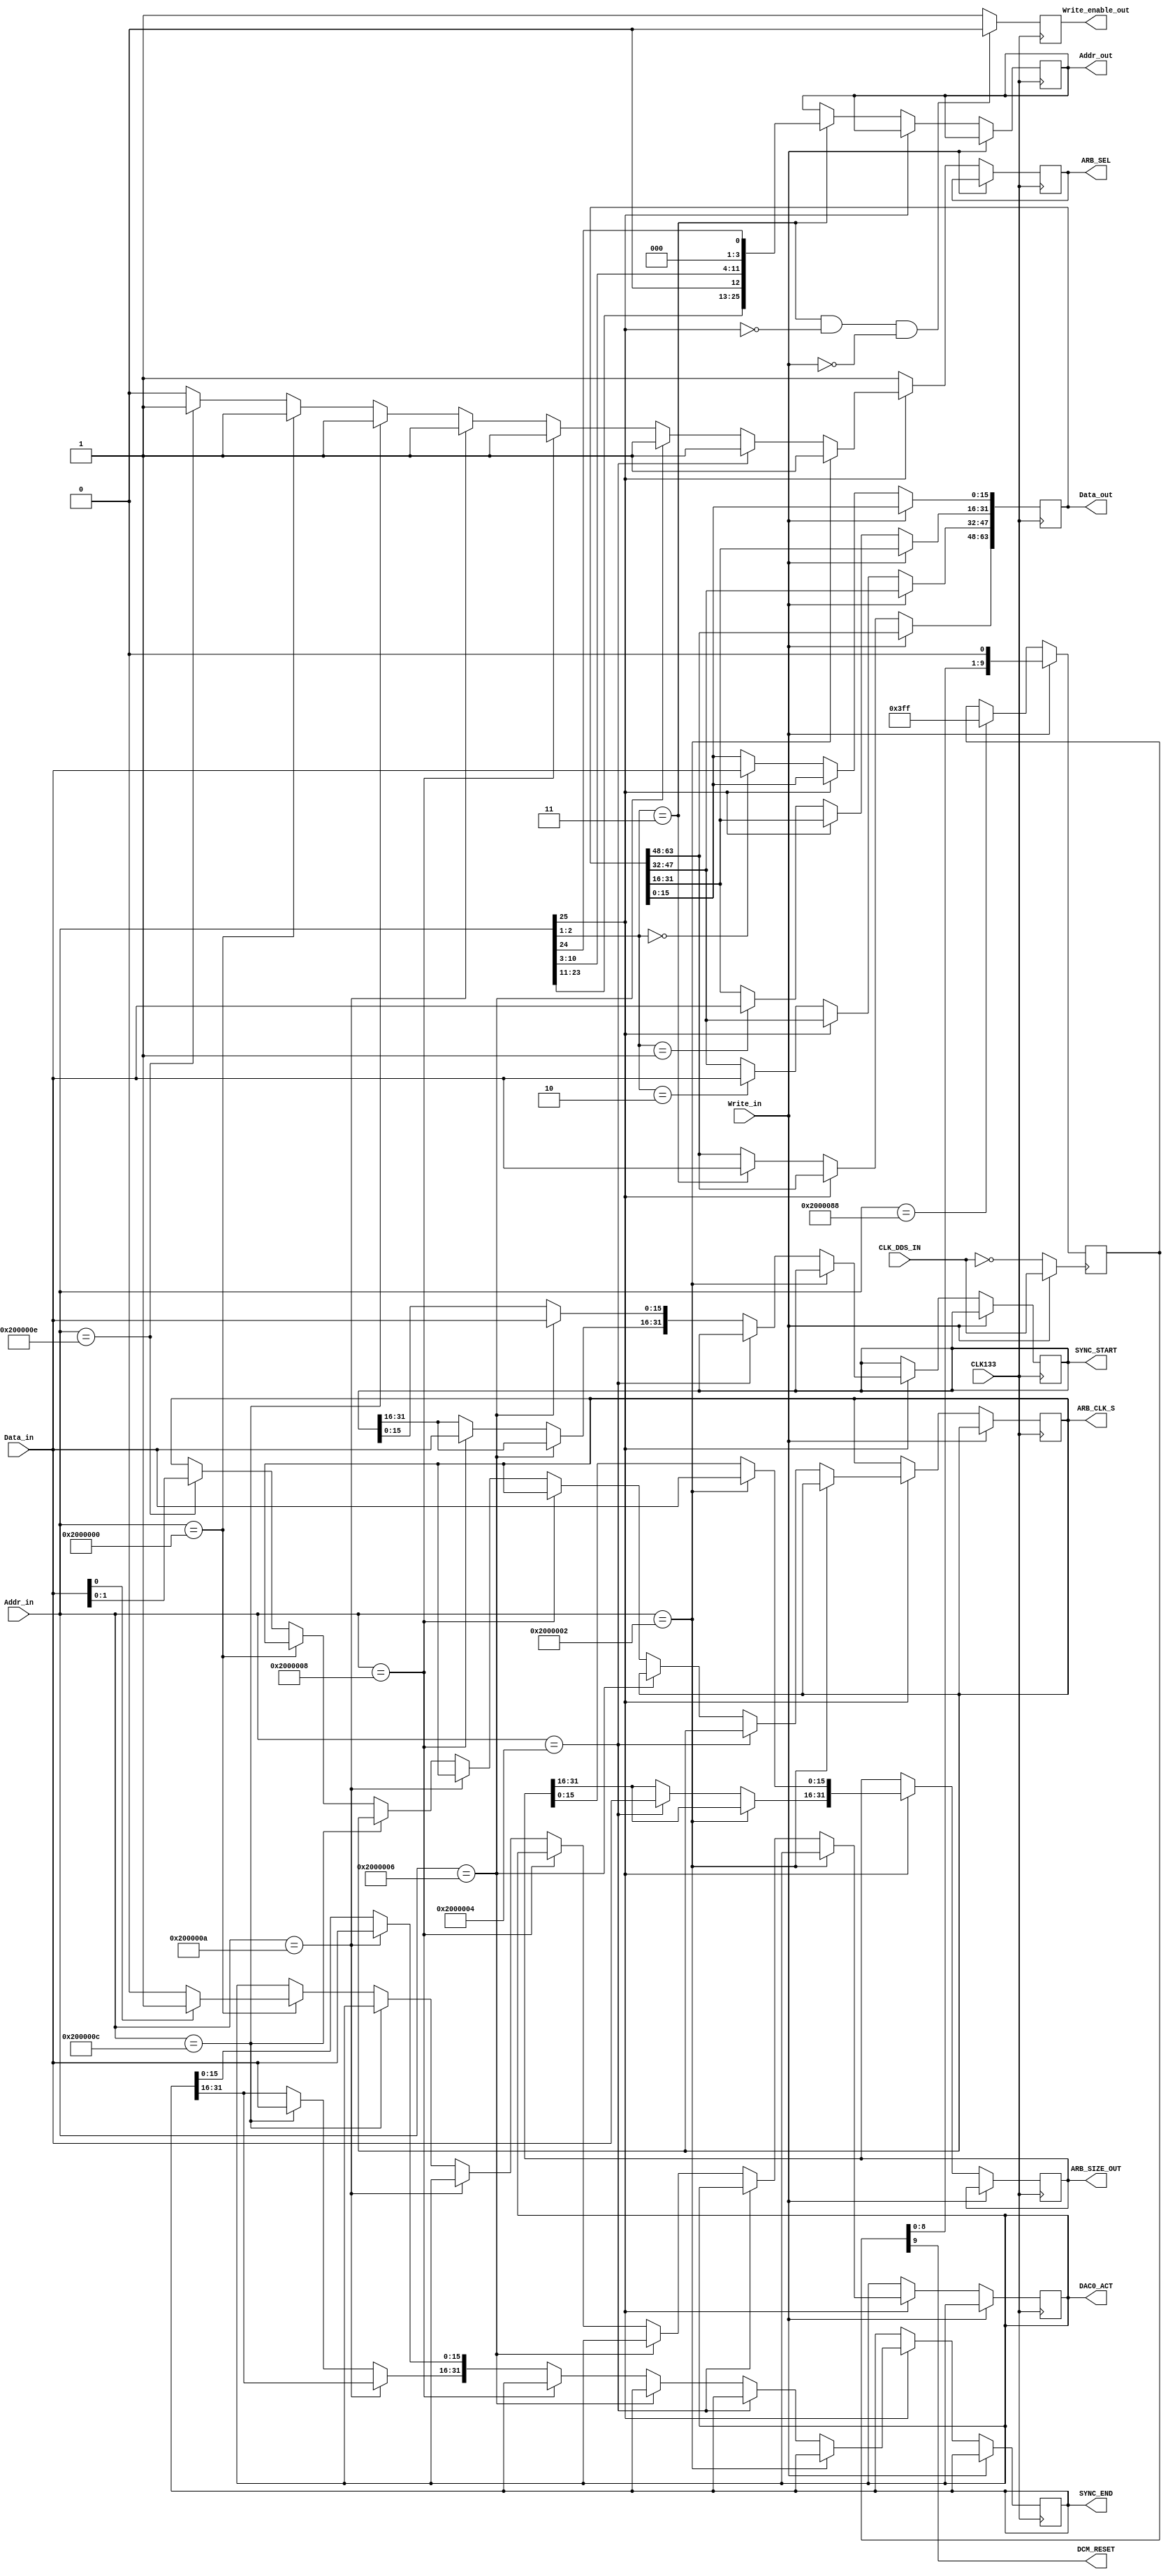
`timescale 1ns / 1ps
//////////////////////////////////////////////////////////////////////////////////
// Company: 
// Engineer: 
// 
// Design Name: 
// Module Name:    BUFF 
// Project Name: 
// Target Devices: 
// Tool versions: 
// Description: 
//
// Dependencies: 
//
// Revision: 
// Revision 0.01 - File Created
// Additional Comments: 
//
//////////////////////////////////////////////////////////////////////////////////
module BUFF(CLK_DDS_IN,CLK133,Addr_in, Data_in, Write_in,Addr_out, Data_out, Write_enable_out,DAC0_ACT,ARB_SIZE_OUT,SYNC_START,SYNC_END,DCM_RESET,ARB_CLK_S,ARB_SEL);
    input CLK133;//clk_int
	 input [25:0] Addr_in;
    input [15:0] Data_in;
	 input Write_in;
	 input CLK_DDS_IN;
    output [25:0] Addr_out;
    output [63:0] Data_out;
    output Write_enable_out;
	 output DAC0_ACT;
	 output [31:0]ARB_SIZE_OUT;
	 output [31:0]SYNC_START;
	 output [31:0]SYNC_END;
	 output DCM_RESET;
	 output [1:0]ARB_CLK_S;
	 output ARB_SEL;
	// output DDS_WE;
	 wire [25:0] Addr4DDR;
	 
	reg [15:0]Buf[2:0];//four bufs (16bit),store the data
	reg [63:0] Data_out;
	reg [25:0]Addr_out;
	reg DAC0_ACT;
	reg [31:0]ARB_SIZE_OUT;//size of arb,unit=16bit,only 22bit meanfull
	reg [31:0]SYNC_START;
	reg [31:0]SYNC_END;
	reg [9:0]RESET_DCM_BUF;
	reg [1:0]ARB_CLK_S;
	reg ARB_SEL;
	reg Write_enable_out;
	
//	assign Addr4DDR={1'b0,Addr_in[22:11],1'b0,Addr_in[10:1],Addr_in[24:23]};
	assign Addr4DDR={Addr_in[23:11],1'b0,Addr_in[10:1],1'b0,Addr_in[24]};	
						 //row          ,A10 , cow ,       ,no used, bank address using 0 and 1,2 and 3 no used	 	

	wire CLK_RESET;
	assign CLK_RESET=(Write_in==1)?CLK_DDS_IN:~CLK_DDS_IN;
	assign DCM_RESET=RESET_DCM_BUF[9];
	
	always@(posedge CLK_RESET) 
	begin				
		if(Write_in==0)
		begin//52000088
			if(Addr_in==26'b10000000000000000010001000)
			begin
				RESET_DCM_BUF[9:0]<=10'b1111111111;
			end
		end
		else
		begin
			RESET_DCM_BUF<=RESET_DCM_BUF<<1;
		end
	end	
	
	always@(negedge CLK133)
	begin
		if((Addr_in[2:1]==2'b11)&&(Addr_in[25]==0)&&(Write_in==0))
			 Write_enable_out<=0;
		else
			 Write_enable_out<=1;
	
	
		if(Write_in==0)
		begin
			//========== data ===========//==== address out
			if(Addr_in[25]==0)	
			begin
				if(Addr_in[2:1]==2'b00)
					Data_out[15:0]<=Data_in;
				if(Addr_in[2:1]==2'b01)
					Data_out[31:16]<=Data_in;
				if(Addr_in[2:1]==2'b10)
					Data_out[47:32]<=Data_in;
				if(Addr_in[2:1]==2'b11)
				begin
					Data_out[63:48]<=Data_in;
					Addr_out[25:0]<={Addr4DDR[25:4],2'b00,Addr4DDR[1:0]};					
				end	
				ARB_SEL<=1;
			end				
			// ARB total 16+6=22bit,max=4maga 
			//========== size of arb,low words, 0x52000002 16bit=================
			else if(Addr_in==26'b10000000000000000000000010)
			begin
				ARB_SIZE_OUT[15:0]=Data_in;
				ARB_SEL<=1;
			end	
			//high words, 0x52000004 6bit	
			else if(Addr_in==26'b10000000000000000000000100)
			begin
				ARB_SIZE_OUT[31:16]=Data_in;
				ARB_SEL<=1;
			end	
		// SYNC START total 16+3=19bit,max=1maga 
			//low words, 0x52000006 16bit=====================================
			else if(Addr_in==26'b10000000000000000000000110)
			begin
				SYNC_START[15:0]=Data_in;
				ARB_SEL<=1;
			end	
			//0x52000008 3bit		
			else if(Addr_in==26'b10000000000000000000001000)
			begin
				SYNC_START[31:16]=Data_in;
				ARB_SEL<=1;
			end				
		// SYNC END total 16+3=19bit,max=1maga 
			//low words, 0x5200000A 16bit=====================================
			else if(Addr_in==26'b10000000000000000000001010)
			begin
				SYNC_END[15:0]=Data_in;
				ARB_SEL<=1;
			end	
			//0x5200000C 6bit		
			else if(Addr_in==26'b10000000000000000000001100)
			begin
				SYNC_END[31:16]=Data_in;
				ARB_SEL<=1;
			end				
		//=========== dac_act,0x52000000's bit 0 =====================
			else if(Addr_in==26'b10000000000000000000000000)
			begin
				if(Data_in[0]==1)
					DAC0_ACT=1;
				else
					DAC0_ACT=0;	
				ARB_SEL<=1;				
			end
		//========== CLK config,0x5200000E 
			else if(Addr_in==26'b10000000000000000000001110)
			begin
				//1'b00 ad9747
				//1'b01 ad9747*4		
				//1'b11 ad9747*16
				ARB_CLK_S[1:0]<=Data_in[1:0];
				ARB_SEL<=1;
			end
		//======== else =======
			else
			begin
				ARB_SEL<=0;
			end
		end	
	end		



endmodule